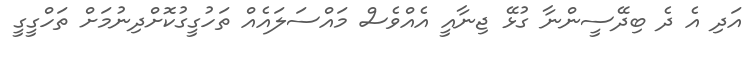
އަދި އެ ދެ ބިދޭސީންނާ ގުޅޭ ޖިނާއީ އެއްވެސް މައްސަލައެއް ތަހުގީގުކޮށްދިނުމަށް ތަހްގީގީ